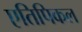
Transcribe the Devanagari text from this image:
एतिपिकल